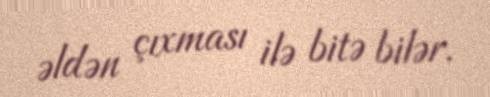
əldən çıxması ilə bitə bilər.